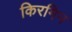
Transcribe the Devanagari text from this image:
किरमिन